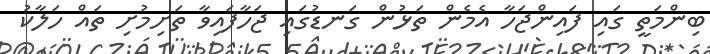
ބިންމަތީ ގައި ފައިންޖަހާ އެމެން ތަޅުން ގަނޑުގައި ޖަހާފައިވާ ތަށިމުށި ތައް ހަލާކު